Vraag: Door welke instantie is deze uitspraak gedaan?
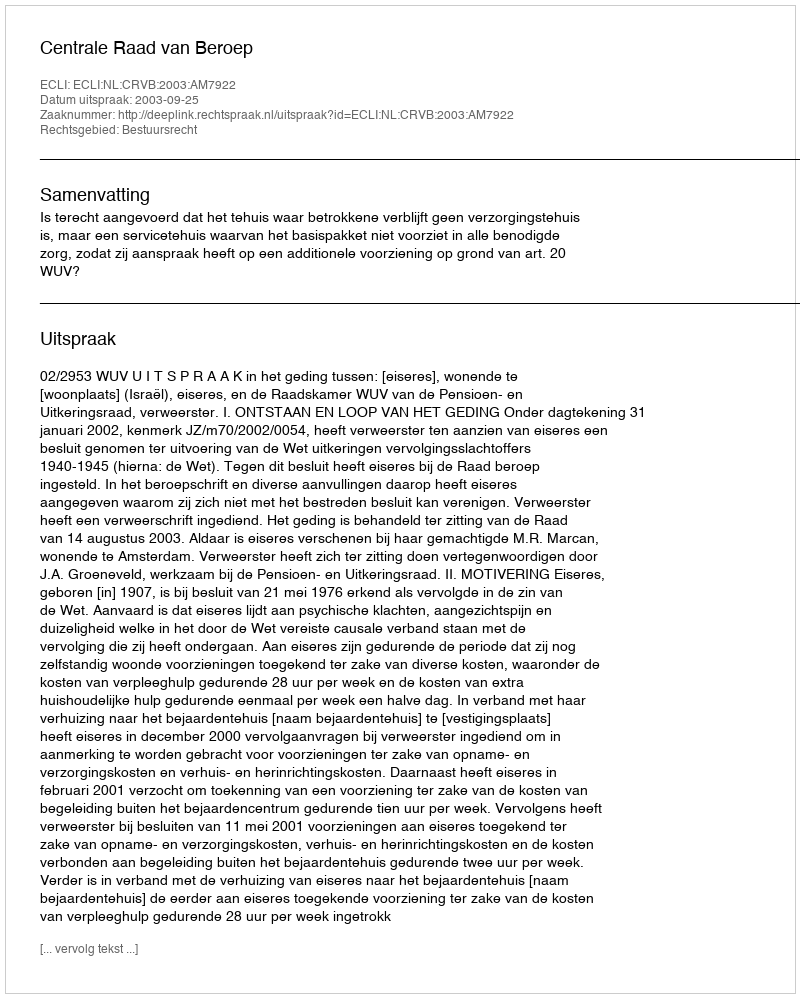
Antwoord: Centrale Raad van Beroep